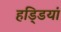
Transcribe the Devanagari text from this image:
हडि्डयां